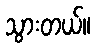
သွားတယ်။